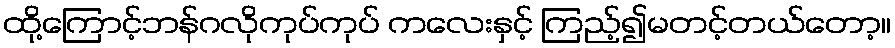
ထို့ကြောင့်ဘန်ဂလိုကုပ်ကုပ် ကလေးနှင့် ကြည့်၍မတင့်တယ်တော့။